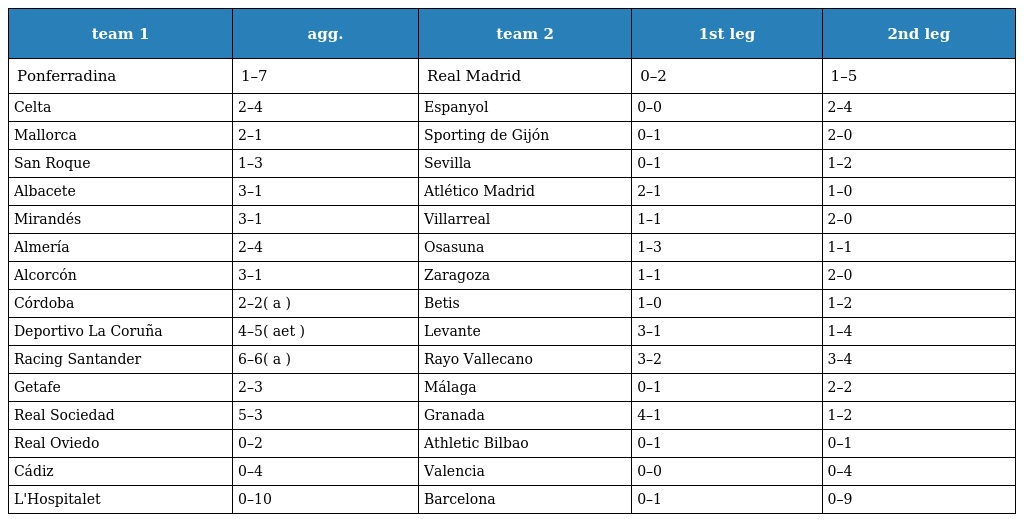
| team 1 | agg. | team 2 | 1st leg | 2nd leg |
 | --- | --- | --- | --- | --- |
 | Ponferradina | 1–7 | Real Madrid | 0–2 | 1–5 |
 | Celta | 2–4 | Espanyol | 0–0 | 2–4 |
 | Mallorca | 2–1 | Sporting de Gijón | 0–1 | 2–0 |
 | San Roque | 1–3 | Sevilla | 0–1 | 1–2 |
 | Albacete | 3–1 | Atlético Madrid | 2–1 | 1–0 |
 | Mirandés | 3–1 | Villarreal | 1–1 | 2–0 |
 | Almería | 2–4 | Osasuna | 1–3 | 1–1 |
 | Alcorcón | 3–1 | Zaragoza | 1–1 | 2–0 |
 | Córdoba | 2–2( a ) | Betis | 1–0 | 1–2 |
 | Deportivo La Coruña | 4–5( aet ) | Levante | 3–1 | 1–4 |
 | Racing Santander | 6–6( a ) | Rayo Vallecano | 3–2 | 3–4 |
 | Getafe | 2–3 | Málaga | 0–1 | 2–2 |
 | Real Sociedad | 5–3 | Granada | 4–1 | 1–2 |
 | Real Oviedo | 0–2 | Athletic Bilbao | 0–1 | 0–1 |
 | Cádiz | 0–4 | Valencia | 0–0 | 0–4 |
 | L'Hospitalet | 0–10 | Barcelona | 0–1 | 0–9 |